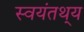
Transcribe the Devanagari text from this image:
स्वयंतथ्‌य